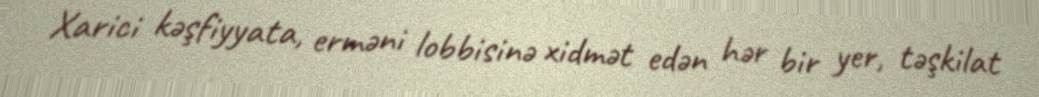
Xarici kəşfiyyata, erməni lobbisinə xidmət edən hər bir yer, təşkilat